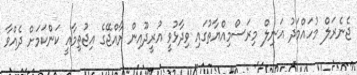
ޖެނެރަލް މުހައްމަދު އަނިލް މިރަސްމިއްޔާތުގައި ވިދާޅުވީ އުރީދޫއިން ރާއްޖޭގެ އިޖުތިމާއީ ކަންކަމަށް ދެއްވާ